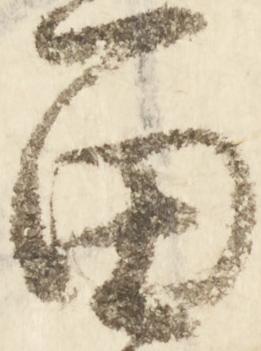
留